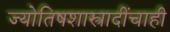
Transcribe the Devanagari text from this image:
ज्योतिषशास्त्रादींचाही